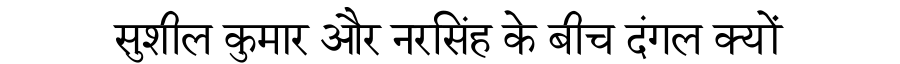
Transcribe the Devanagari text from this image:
सुशील कुमार और नरसिंह के बीच दंगल क्यों